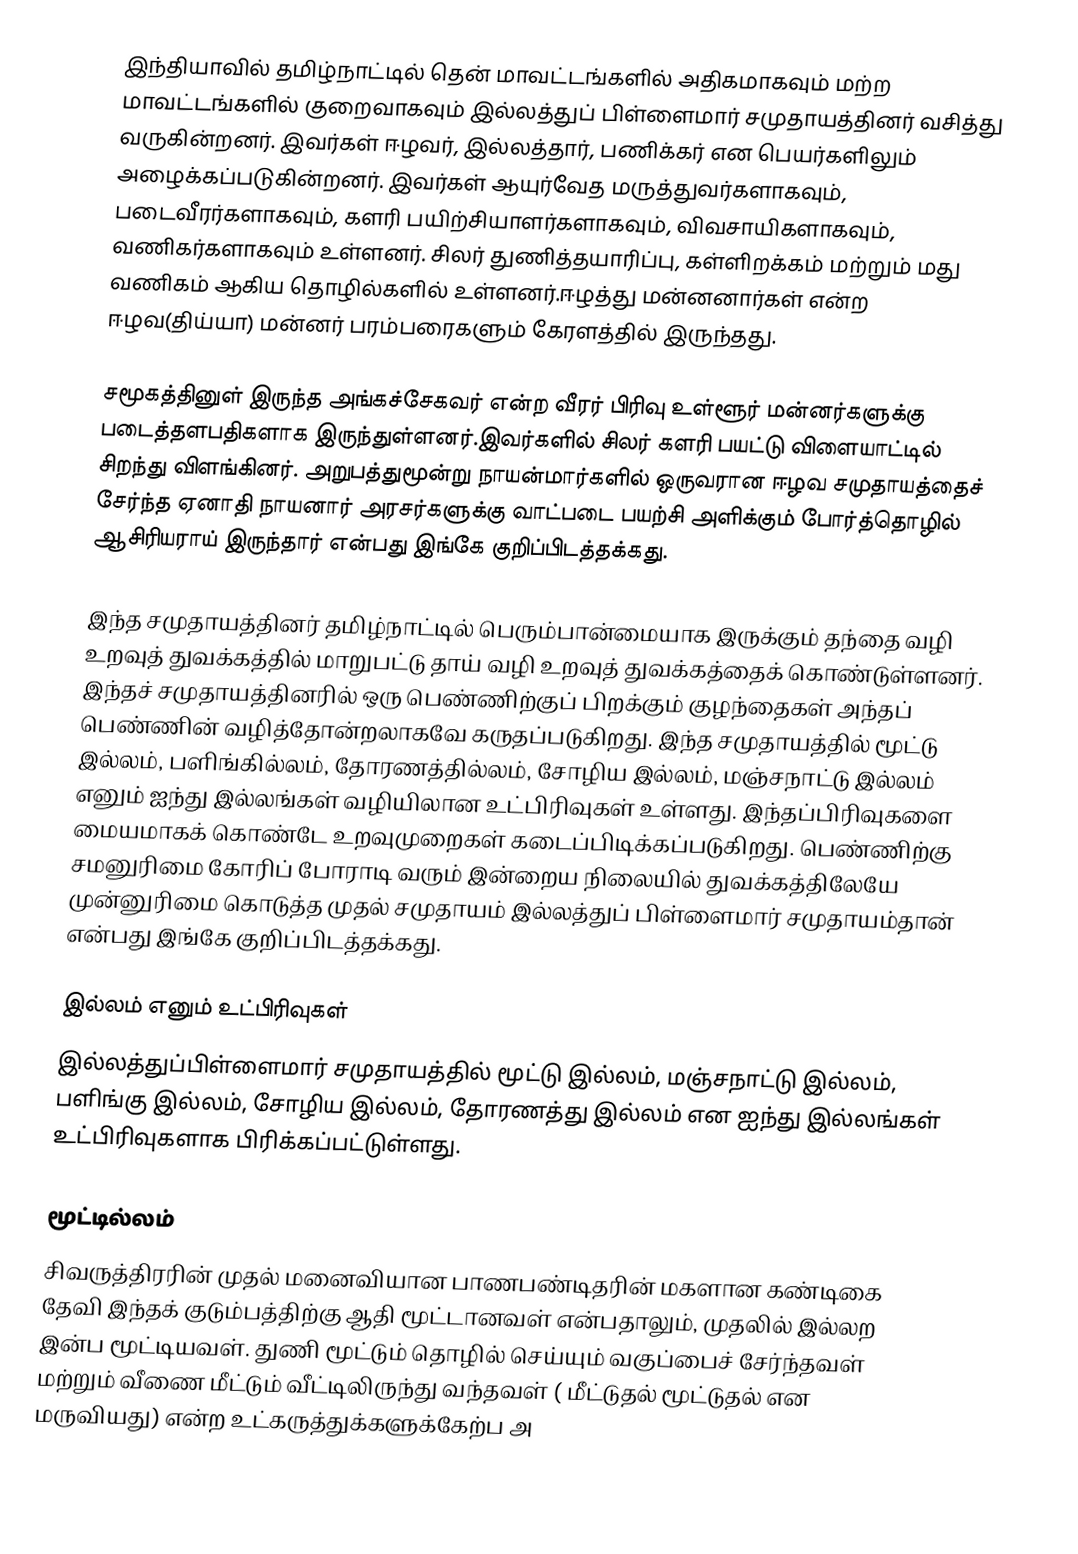
இந்தியாவில் தமிழ்நாட்டில் தென் மாவட்டங்களில் அதிகமாகவும் மற்ற மாவட்டங்களில் குறைவாகவும் இல்லத்துப் பிள்ளைமார் சமுதாயத்தினர் வசித்து வருகின்றனர். இவர்கள் ஈழவர், இல்லத்தார், பணிக்கர் என பெயர்களிலும் அழைக்கப்படுகின்றனர். இவர்கள் ஆயுர்வேத மருத்துவர்களாகவும், படைவீரர்களாகவும், களரி பயிற்சியாளர்களாகவும், விவசாயிகளாகவும், வணிகர்களாகவும் உள்ளனர். சிலர் துணித்தயாரிப்பு, கள்ளிறக்கம் மற்றும் மது வணிகம் ஆகிய தொழில்களில் உள்ளனர்.ஈழத்து மன்னனார்கள் என்ற ஈழவ(திய்யா) மன்னர் பரம்பரைகளும் கேரளத்தில் இருந்தது.

  சமூகத்தினுள் இருந்த அங்கச்சேகவர் என்ற வீரர் பிரிவு   உள்ளூர் மன்னர்களுக்கு படைத்தளபதிகளாக இருந்துள்ளனர்.இவர்களில் சிலர் களரி பயட்டு விளையாட்டில் சிறந்து விளங்கினர்.  அறுபத்துமூன்று நாயன்மார்களில் ஒருவரான ஈழவ சமுதாயத்தைச் சேர்ந்த  ஏனாதி நாயனார் அரசர்களுக்கு வாட்படை பயற்சி அளிக்கும் போர்த்தொழில் ஆசிரியராய் இருந்தார் என்பது இங்கே குறிப்பிடத்தக்கது.

இந்த சமுதாயத்தினர் தமிழ்நாட்டில் பெரும்பான்மையாக இருக்கும் தந்தை வழி உறவுத் துவக்கத்தில் மாறுபட்டு தாய் வழி உறவுத் துவக்கத்தைக் கொண்டுள்ளனர். இந்தச் சமுதாயத்தினரில் ஒரு பெண்ணிற்குப் பிறக்கும் குழந்தைகள் அந்தப் பெண்ணின் வழித்தோன்றலாகவே கருதப்படுகிறது. இந்த சமுதாயத்தில் மூட்டு இல்லம், பளிங்கில்லம், தோரணத்தில்லம், சோழிய இல்லம், மஞ்சநாட்டு இல்லம் எனும் ஐந்து இல்லங்கள் வழியிலான உட்பிரிவுகள் உள்ளது. இந்தப்பிரிவுகளை மையமாகக் கொண்டே உறவுமுறைகள் கடைப்பிடிக்கப்படுகிறது. பெண்ணிற்கு சமனுரிமை கோரிப் போராடி வரும் இன்றைய நிலையில் துவக்கத்திலேயே முன்னுரிமை கொடுத்த முதல் சமுதாயம் இல்லத்துப் பிள்ளைமார் சமுதாயம்தான் என்பது இங்கே குறிப்பிடத்தக்கது.

இல்லம் எனும் உட்பிரிவுகள்
இல்லத்துப்பிள்ளைமார் சமுதாயத்தில் மூட்டு இல்லம், மஞ்சநாட்டு இல்லம், பளிங்கு இல்லம், சோழிய இல்லம், தோரணத்து இல்லம் என ஐந்து இல்லங்கள் உட்பிரிவுகளாக பிரிக்கப்பட்டுள்ளது.

மூட்டில்லம்
சிவருத்திரரின் முதல் மனைவியான பாணபண்டிதரின் மகளான கண்டிகை தேவி இந்தக் குடும்பத்திற்கு ஆதி மூட்டானவள் என்பதாலும், முதலில் இல்லற இன்ப மூட்டியவள். துணி மூட்டும் தொழில் செய்யும் வகுப்பைச் சேர்ந்தவள் மற்றும் வீணை மீட்டும் வீட்டிலிருந்து வந்தவள் ( மீட்டுதல் மூட்டுதல் என மருவியது) என்ற உட்கருத்துக்களுக்கேற்ப அ